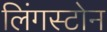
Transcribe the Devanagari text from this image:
लिंगस्टोन